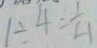
1 \div 4 = \frac { 1 } { 4 }